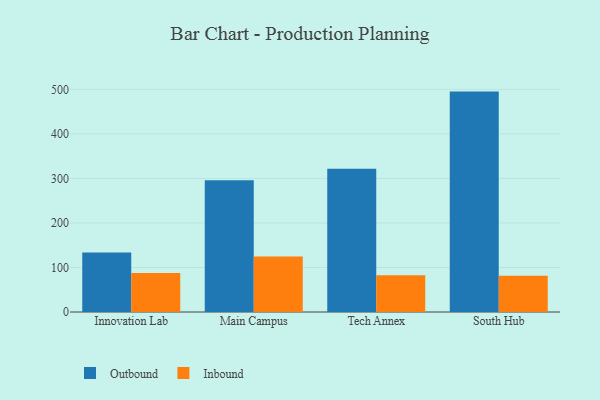
{"axis": {"x": "Campus", "y": "Temperature (°C)"}, "legend": ["Inbound", "Outbound"], "data": [{"x": "Innovation Lab", "y": 133.5, "type": "Outbound"}, {"x": "Innovation Lab", "y": 87.6, "type": "Inbound"}, {"x": "Main Campus", "y": 296.0, "type": "Outbound"}, {"x": "Main Campus", "y": 124.9, "type": "Inbound"}, {"x": "Tech Annex", "y": 321.4, "type": "Outbound"}, {"x": "Tech Annex", "y": 82.4, "type": "Inbound"}, {"x": "South Hub", "y": 494.9, "type": "Outbound"}, {"x": "South Hub", "y": 81.6, "type": "Inbound"}]}